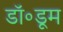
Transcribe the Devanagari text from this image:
डॉ॰डूम